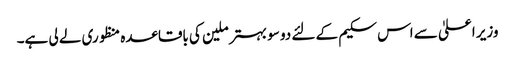
وزیر اعلیٰ سے اس سکیم کے لئے دو سو بہتر ملین کی باقاعدہ منظوری لے لی ہے۔